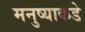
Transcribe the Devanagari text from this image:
मनुष्याकडे